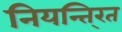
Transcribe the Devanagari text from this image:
नियन्ति्रत